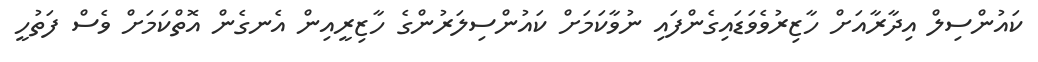
ކައުންސިލް އިދާރާއަށް ހާޒިރުވެވަޑައިގެންފައި ނުވާކަމަށް ކައުންސިލަރުންގެ ހާޒިރީއިން އެނގެން އޮތްކަމަށް ވެސް ފަތުހީ